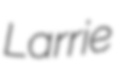
Larrie